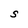
Character: S